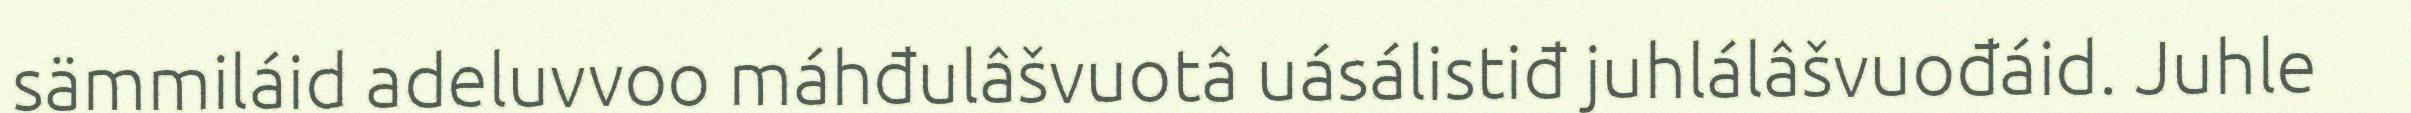
sämmiláid adeluvvoo máhđulâšvuotâ uásálistiđ juhlálâšvuođáid. Juhle